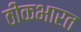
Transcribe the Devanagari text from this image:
ठीकभारत